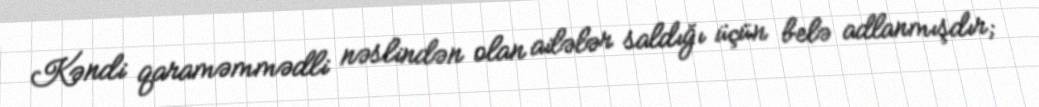
Kəndi qaraməmmədli nəslindən olan ailələr saldığı üçün belə adlanmışdır;